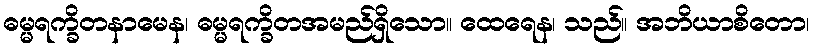
ဓမ္မရက္ခိတနာမေန၊ ဓမ္မရက္ခိတအမည်ရှိသော။ ထေရေန၊ သည်။ အဘိယာစိတော၊